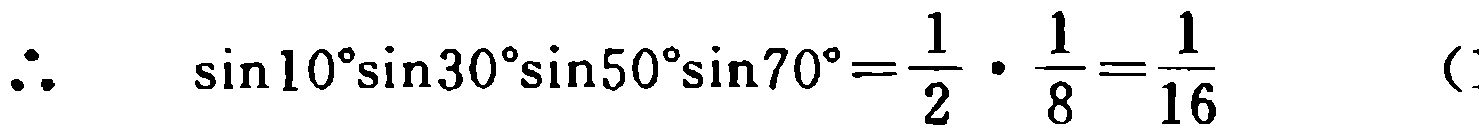
\(\therefore\quad \sin10^{\circ}\sin30^{\circ}\sin50^{\circ}\sin70^{\circ}=\frac{1}{2}\cdot\frac{1}{8}=\frac{1}{16}\quad (\)